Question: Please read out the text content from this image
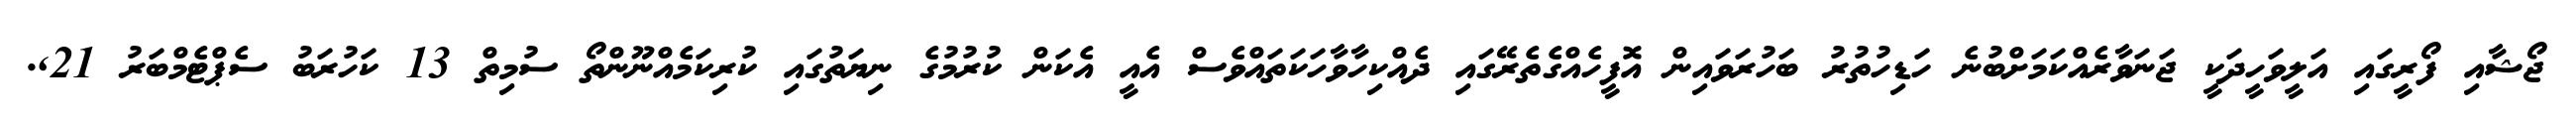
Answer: ޖޯޝާއި ފޯރީގައި އަލީވަހީދަކީ ޖަނަވާރެއްކަމަށްބުނެ ހަޑިހުތުރު ބަހުރަވައިން އޮފީހެއްގެތެރޭގައި ދެއްކިހާވާހަކަތައްވެސް އެއީ އެކަން ކުރުމުގެ ނިޔަތުގައި ކުރިކަމެއްނޫންތޯ ސުމިތް 13 ކަހުރަބު ސެޕްޓެމްބަރު 21,.